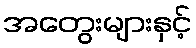
အတွေးများနှင့်